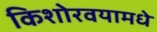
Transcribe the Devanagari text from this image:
किशोरवयामधे